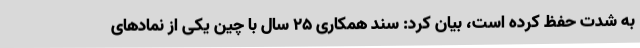
به شدت حفظ کرده است، بیان کرد: سند همکاری ۲۵ سال با چین یکی از نمادهای